Indian journal of veterinary science and animal husbandry - Volumes 22-23, 1952-1953
Year: 1952
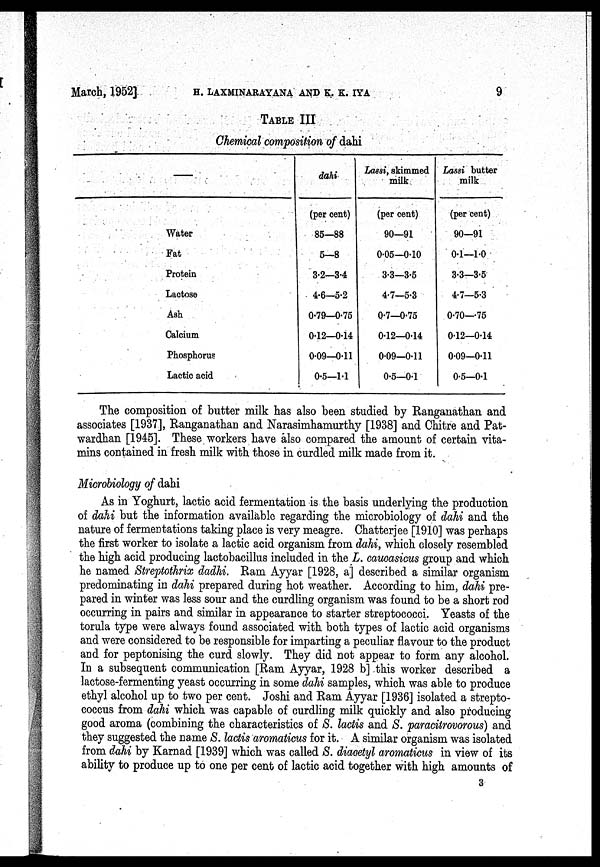
March, 1952]
LAXMINARAYANA
AND
K.
K.
IYA
9
TABLE III
Chemical composition of dahi
—
Water
Fat
Protein
Lactose
Ash
Calcium
Phosphorus
Lactic acid
dahi
(per cent)
85—88
5—8
3.2—3.4
4.6—5.2
0.79—0.75
0.12—0.14
0.09—0.11
0.5—1.1
Lassi, skimmed
milk
(per cent)
90—91
0.05—0.10
3.3—3.5
4.7—5.3
0.7—0.75
0.12—0.14
0.09—0.11
0.5—0.1
Lassi butter
milk
(per cent)
90—91
0.1—1.0
3.3—3.5
4.7—5.3
0.70—.75
0.12—0.14
0.09—0.11
0.5—0.1
The composition of butter milk has also been studied by Ranganathan and
associates [1937], Ranganathan and Narasimhamurthy [1938] and Chitre and Pat-
wardhan [1945]. These workers have also compared the amount of certain vita-
mins contained in fresh milk with those in curdled milk made from it.
Microbiology of dahi
As in Yoghurt, lactic acid fermentation is the basis underlying the production
of dahi but the information available regarding the microbiology of dahi and the
nature of fermentations taking place is very meagre. Chatterjee [1910] was perhaps
the first worker to isolate a lactic acid organism from dahi, which closely resembled
the high acid producing lactobacillus included in the L. caucasicus group and which
he named Streptothrix dadhi. Ram Ayyar [1928, a] described a similar organism
predominating in dahi prepared during hot weather. According to him, dahi pre-
pared in winter was less sour and the curdling organism was found to be a short rod
occurring in pairs and similar in appearance to starter streptococci. Yeasts of the
torula type were always found associated with both types of lactic acid organisms
and were considered to be responsible for imparting a peculiar flavour to the product
and for peptonising the curd slowly. They did not appear to form any alcohol.
In a subsequent communication [Ram Ayyar, 1928 b] .this worker described a
lactose-fermenting yeast occurring in some dahi samples, which was able to produce
ethyl alcohol up to two per cent. Joshi and Ram Ayyar [1936] isolated a strepto-
coccus from dahi which was capable of curdling milk quickly and also producing
good aroma (combining the characteristics of S. lactis and S. paracitrovorous) and
they suggested the name S. lactis aromaticus for it. A similar organism was isolated
from dahi by Karnad [1939] which was called S. diacetyl aromaticus in view of its
ability to produce up to one per cent of lactic acid together with high amounts of
3